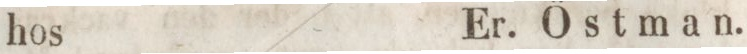
hos    Er. Östman.